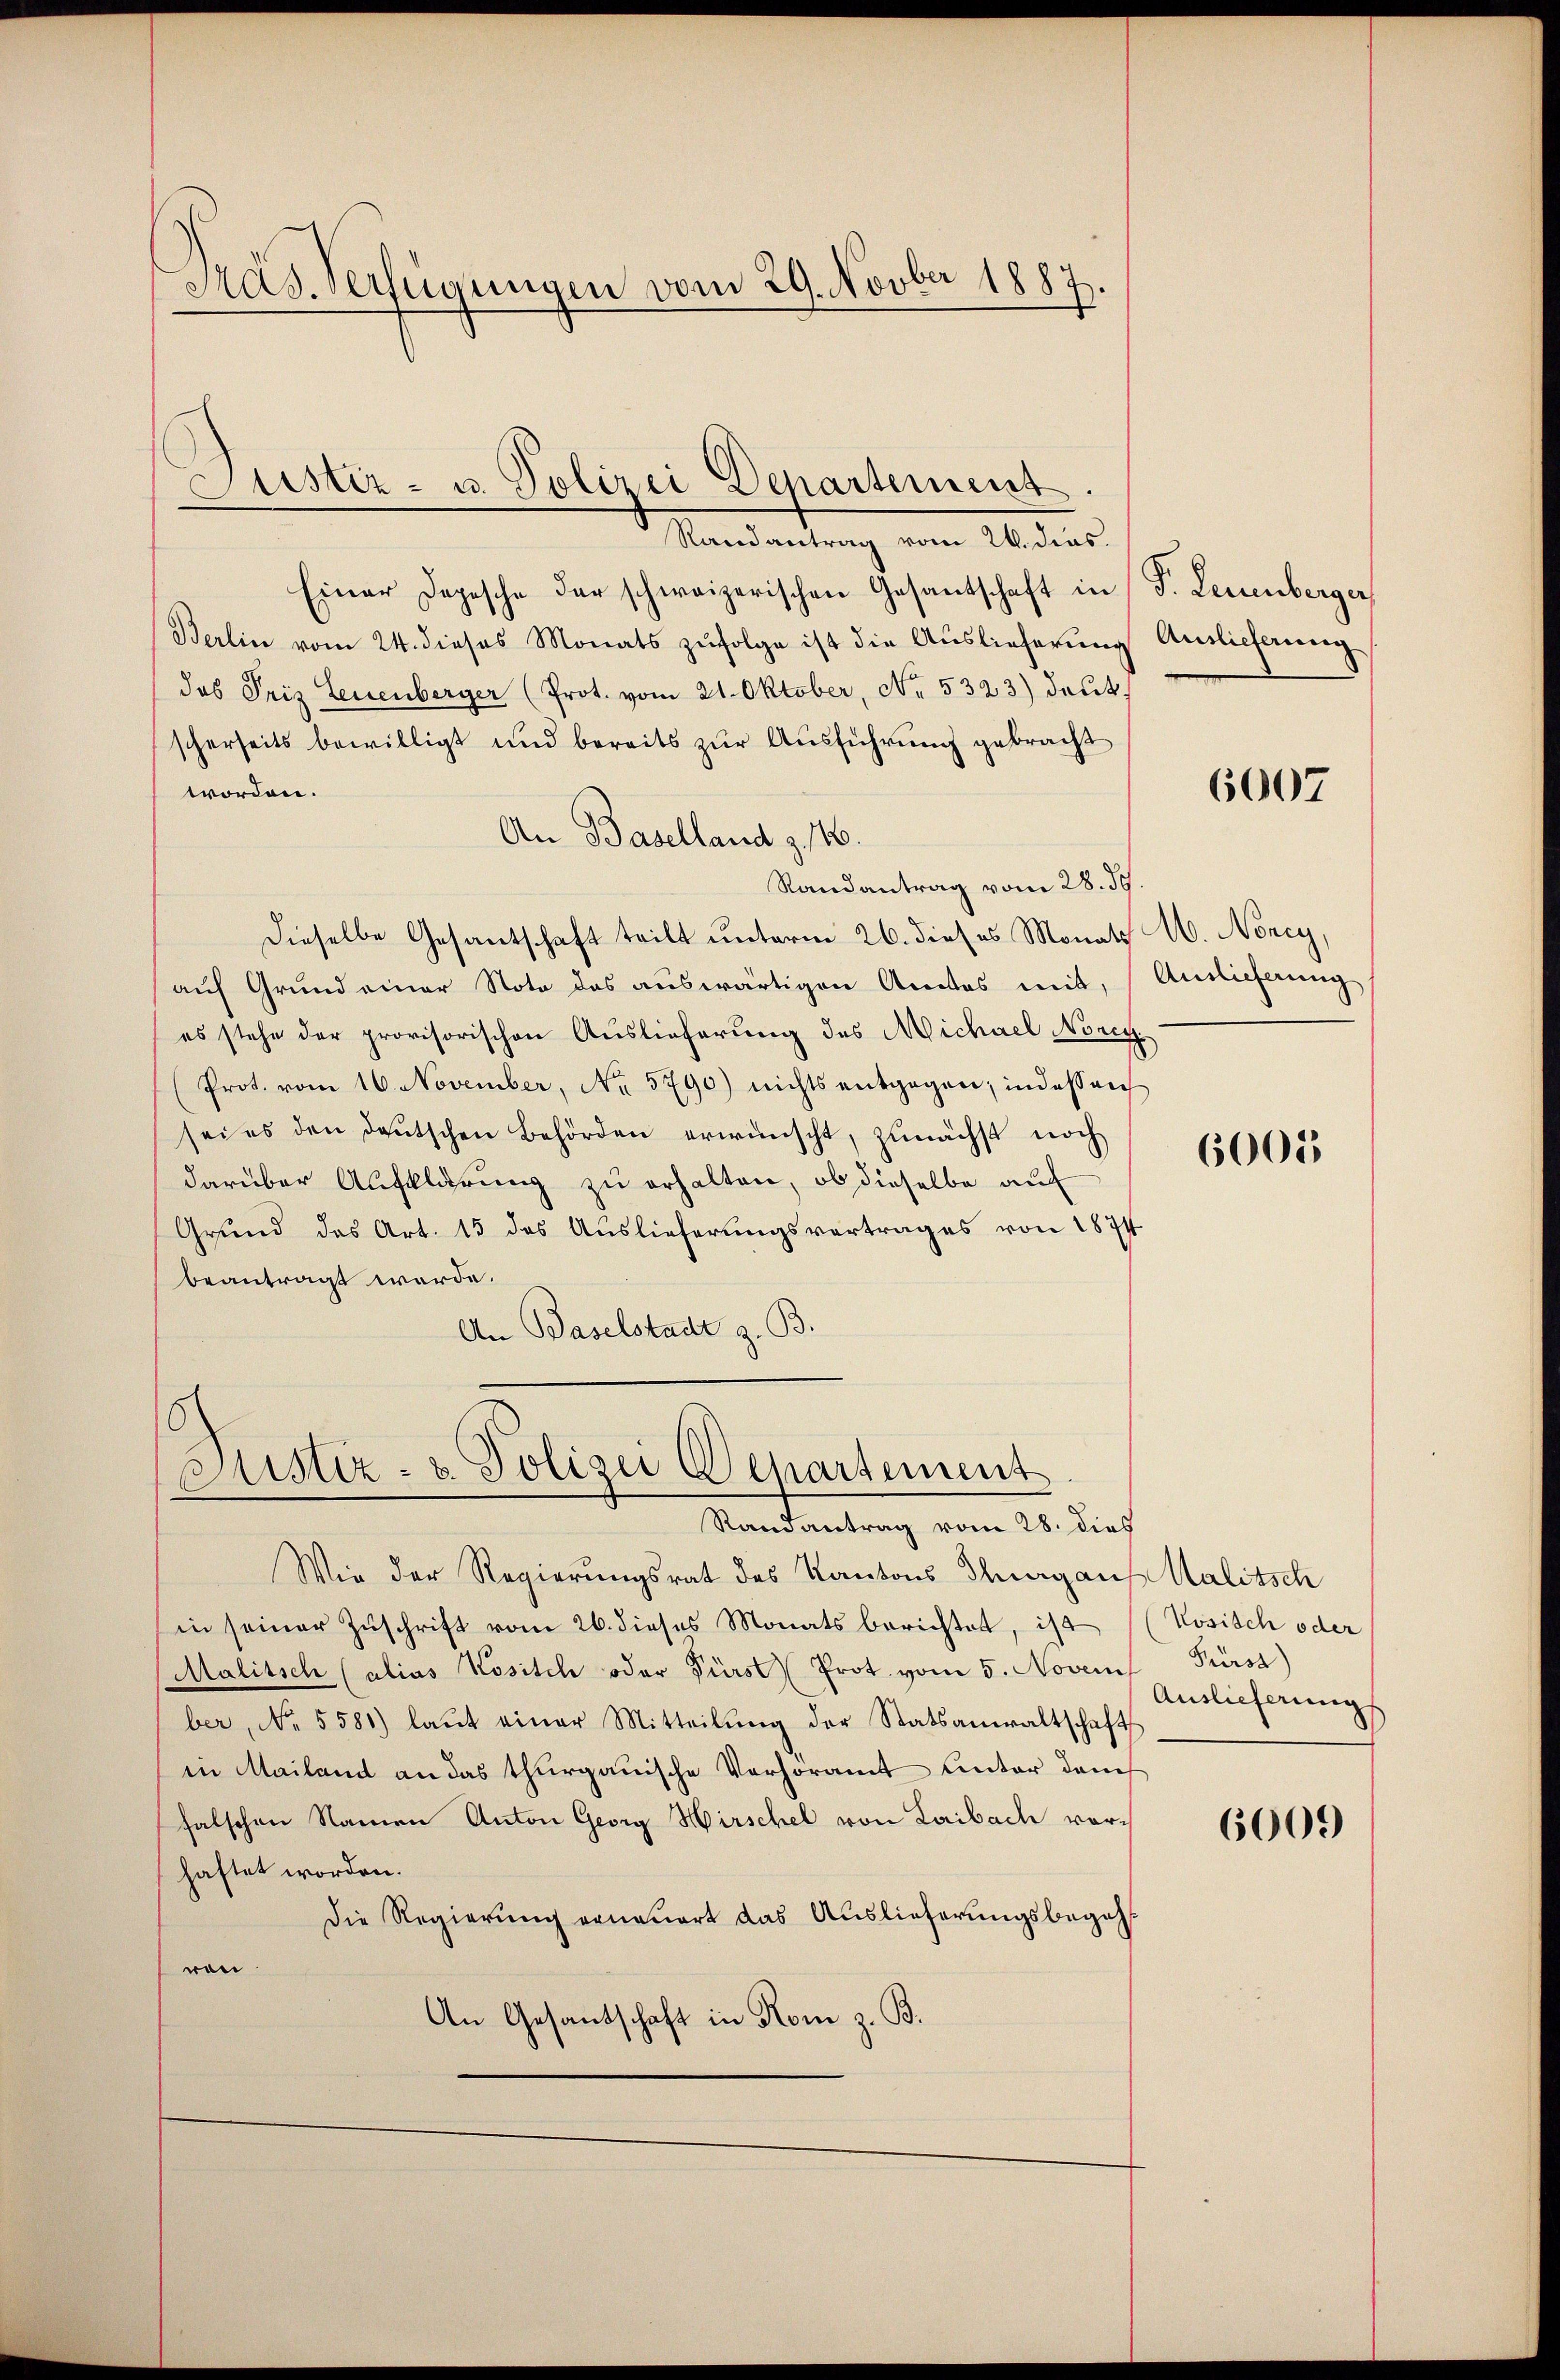
Pras. Verfügungen vom 29. Novber 1887.

Justiz- u. Polizei Departement.

Randantrag vom 26. dies.
Einer Depesche der schweizerischen Gesantschaft in S. Leuenberger
Berlin vom 24. dieses Monats zŭfolge ist die Auslieferŭng Auslicherung
das Friz Leuenberger (Prot. vom 21. Oktober, No. 5323) deut
scherseits bewilligt und bereits zŭr Aŭsführung gebracht
worden.
An Baselland z. 146.
Randantrag vom 28. 59.
Dieselbe Gesantschaft teilt unterm 26. dieses Monats
auf Grund einer Noto des auswärtigen Amtes mit,
es stehe der provisorischen Auslieferung des Michael Norey
Prot. vom 16. November, No 5790) nichts entgegen, indessen
sei es den deutschen Behörden erwünscht, zunächst noch
darüber Aufklärung zu erhalten, ob dieselbe auf
Grund das Art. 15 des Auslieferungsvertrages von 1874
beantragt werde.
An Baselstadt z. B.

Justiz- & Polizei Departement

Randantrag vom 28. dies
Wie der Regierungsrat des Kantons Thurgau
in seiner Zuschrift vom 26. dieses Monats berichtet, ist
Malitsch (alias Kosisch oder Fürst Prot. vom 5. Novem
ber, No. 5581) laŭt einer Mitteilŭng der Statsanwaltschaft
in Mailand an das thurgauische Verhöramt Unter danch
falschen Namen Anton Georg Hirschel von Laibach vorhaftet worden.
Die Regierung erneuert das Auslieferungsbegehr
ren.
An Gesantschaft in Rom z. B.

6007

1. Noney,
Auslieferung

6005

Malitsch
Kösisch oder
Fürst)
Auslieferung

6000